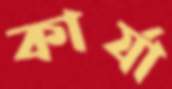
কার্যা